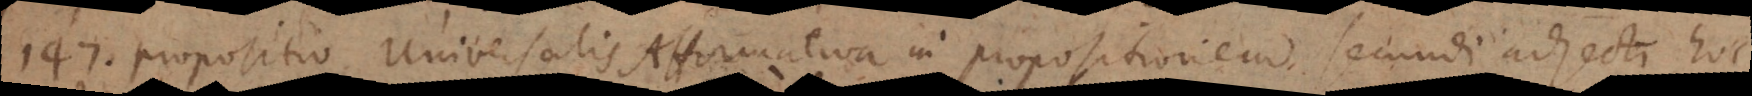
147) Propositio Universalis affirmativa in propositionem secundi adjecti hoc